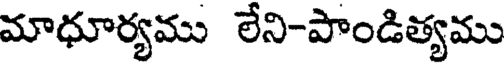
మాధూర్యము లేని-పాండిత్యము